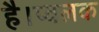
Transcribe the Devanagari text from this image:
है।प्वलक